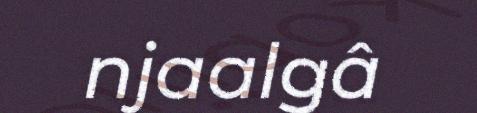
njaalgâ